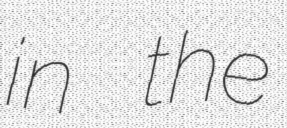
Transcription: in the